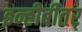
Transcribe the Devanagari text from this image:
इन्हीबीतर्